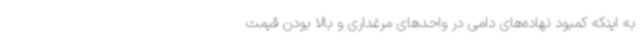
به اینکه کمبود نهاده‌های دامی در واحدهای مرغداری و بالا بودن قیمت